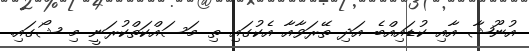
އުނޫޝާ އާއި ކުޑައިއްބެ އަދި ތޭރަވާއާ އެކުގައި ތި މަސައްކަތްކުރަނީ މި ޝޯގައި.